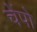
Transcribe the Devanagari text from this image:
चेंपो